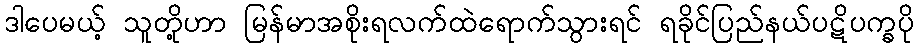
ဒါပေမယ့် သူတို့ဟာ မြန်မာအစိုးရလက်ထဲရောက်သွားရင် ရခိုင်ပြည်နယ်ပဋိပက္ခပို